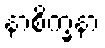
နာစိက္ခနာ